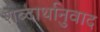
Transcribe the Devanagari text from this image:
शब्दार्थानुवाद